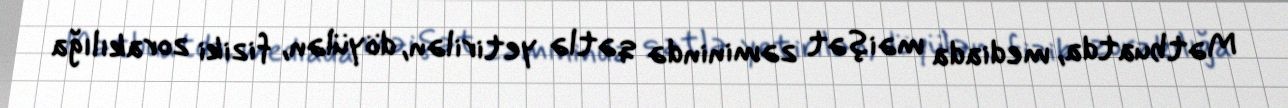
Mətbuatda, mediada məişət zəminində qətlə yetirilən, döyülən, fiziki zorakılığa